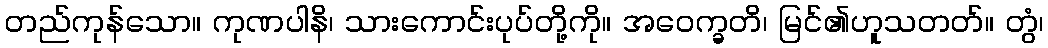
တည်ကုန်သော။ ကုဏပါနိ၊ သားကောင်းပုပ်တို့ကို။ အဝေက္ခတိ၊ မြင်၏ဟူသတတ်။ တွံ၊